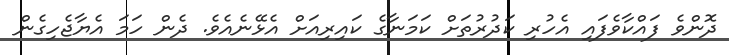
ދޮންވެ ފައްކާވެފައި އެހުރި ކަދުރުތަށް ކަމަނާގެ ކައިރިއަށް އެޅޭނެއެވެ. ދެން ހަމަ އެޔާޖެހިގެން